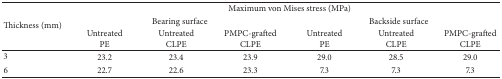
| <ROWSPAN=3> Thickness (mm) | <COLSPAN=6> Maximum von Mises stress (MPa) |
 | <COLSPAN=3> Bearing surface | <COLSPAN=3> Backside surface |
 | Untreated PE | UntreatedCLPE | PMPC-grafted CLPE | Untreated PE | UntreatedCLPE | PMPC-grafted CLPE |
 | --- | --- | --- | --- | --- | --- | --- |
 | 3 | 23.2 | 23.4 | 23.9 | 29.0 | 28.5 | 29.0 |
 | 6 | 22.7 | 22.6 | 23.3 | 7.3 | 7.3 | 7.3 |